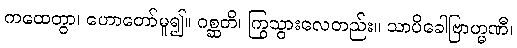
ကထေတွာ၊ ဟောတော်မူ၍။ ဂစ္ဆတိ၊ ကြွသွားလေတည်း။ သာပိခေါဗြာဟ္မဏီ၊